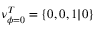
\nu _ { \phi = 0 } ^ { T } = \{ 0 , 0 , 1 | 0 \}